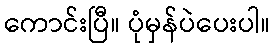
ကောင်းပြီ။ ပုံမှန်ပဲပေးပါ။